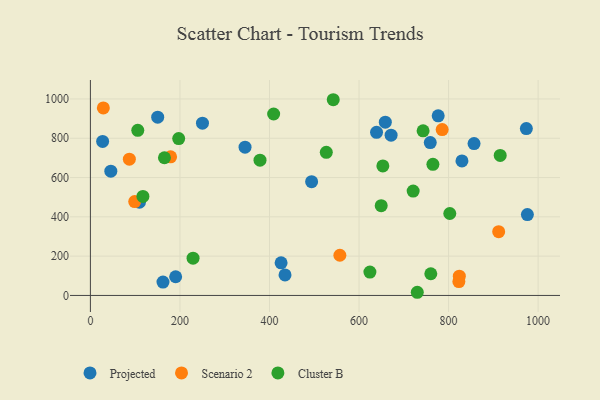
{"axis": {"x": "Price", "y": "Profit"}, "legend": ["Cluster B", "Projected", "Scenario 2"], "data": [{"x": "494.1", "y": 579.0, "type": "Projected"}, {"x": "162.1", "y": 68.1, "type": "Projected"}, {"x": "150.3", "y": 907.2, "type": "Projected"}, {"x": "190.4", "y": 95.2, "type": "Projected"}, {"x": "829.9", "y": 684.5, "type": "Projected"}, {"x": "976.0", "y": 411.6, "type": "Projected"}, {"x": "45.6", "y": 632.3, "type": "Projected"}, {"x": "639.1", "y": 830.3, "type": "Projected"}, {"x": "434.7", "y": 104.6, "type": "Projected"}, {"x": "671.6", "y": 815.5, "type": "Projected"}, {"x": "759.1", "y": 778.1, "type": "Projected"}, {"x": "27.3", "y": 783.8, "type": "Projected"}, {"x": "658.7", "y": 881.7, "type": "Projected"}, {"x": "856.9", "y": 772.9, "type": "Projected"}, {"x": "973.7", "y": 849.1, "type": "Projected"}, {"x": "345.4", "y": 754.7, "type": "Projected"}, {"x": "425.9", "y": 165.8, "type": "Projected"}, {"x": "250.3", "y": 876.6, "type": "Projected"}, {"x": "776.8", "y": 914.1, "type": "Projected"}, {"x": "109.6", "y": 474.3, "type": "Projected"}, {"x": "28.9", "y": 954.1, "type": "Scenario 2"}, {"x": "911.9", "y": 324.4, "type": "Scenario 2"}, {"x": "557.2", "y": 204.4, "type": "Scenario 2"}, {"x": "99.0", "y": 477.7, "type": "Scenario 2"}, {"x": "87.0", "y": 693.7, "type": "Scenario 2"}, {"x": "785.7", "y": 844.3, "type": "Scenario 2"}, {"x": "179.1", "y": 705.3, "type": "Scenario 2"}, {"x": "824.0", "y": 98.0, "type": "Scenario 2"}, {"x": "823.0", "y": 70.5, "type": "Scenario 2"}, {"x": "653.2", "y": 659.1, "type": "Cluster B"}, {"x": "743.1", "y": 837.9, "type": "Cluster B"}, {"x": "730.1", "y": 16.1, "type": "Cluster B"}, {"x": "526.9", "y": 728.4, "type": "Cluster B"}, {"x": "649.5", "y": 456.9, "type": "Cluster B"}, {"x": "165.4", "y": 700.7, "type": "Cluster B"}, {"x": "720.9", "y": 531.1, "type": "Cluster B"}, {"x": "624.3", "y": 119.1, "type": "Cluster B"}, {"x": "378.8", "y": 688.3, "type": "Cluster B"}, {"x": "765.0", "y": 667.2, "type": "Cluster B"}, {"x": "117.3", "y": 504.1, "type": "Cluster B"}, {"x": "802.7", "y": 416.9, "type": "Cluster B"}, {"x": "105.8", "y": 840.1, "type": "Cluster B"}, {"x": "760.3", "y": 110.4, "type": "Cluster B"}, {"x": "229.3", "y": 189.5, "type": "Cluster B"}, {"x": "197.2", "y": 798.2, "type": "Cluster B"}, {"x": "409.3", "y": 923.3, "type": "Cluster B"}, {"x": "915.3", "y": 712.7, "type": "Cluster B"}, {"x": "542.4", "y": 996.0, "type": "Cluster B"}]}